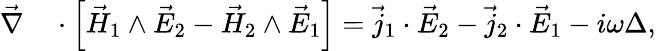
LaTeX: \begin{array}{rl}{\vec{\nabla}}&{{}\cdot\left\lbrack\vec{H}_{1}\wedge\vec{E}_{2}-\vec{H}_{2}\wedge\vec{E}_{1}\right\rbrack=\vec{j}_{1}\cdot\vec{E}_{2}-\vec{j}_{2}\cdot\vec{E}_{1}-i\omega\Delta,}\end{array}